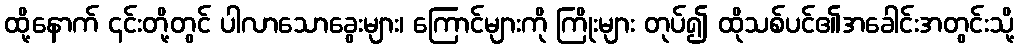
ထို့နောက် ၎င်းတို့တွင် ပါလာသောခွေးများ၊ ကြောင်များကို ကြိုးများ တုပ်၍ ထိုသစ်ပင်၏အခေါင်းအတွင်းသို့